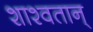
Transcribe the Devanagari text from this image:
शाश्वतान्